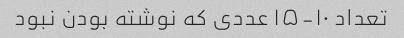
تعداد ۱۰-۱۵ عددی که نوشته بودن نبود